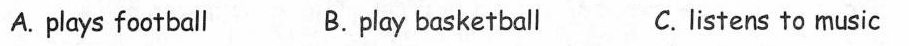
A.plays football B.paly basketball C.listen to music